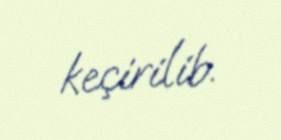
keçirilib.